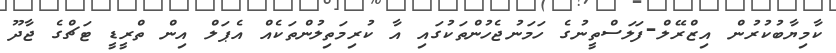
ކާމިޔާބުކުރުން އިޒްރޭލް-ފަލަސްތީނުގެ ހަމަނުޖެހުންތަކުގައި އާ ކުރިމަތިލުންތަކެއް އެޕަލް އިން ތްރީޑީ ޓަޗްގެ ޖާދޫ